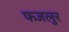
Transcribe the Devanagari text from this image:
फजलुर